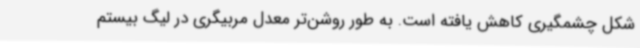
شکل چشمگیری کاهش یافته است. به‌ طور روشن‌تر معدل مربیگری در لیگ بیستم